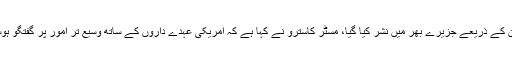
کیوبا کی قومی اسمبلی سے خطاب میں، جسے ٹیلی ویژن کے ذریعے جزیرے بھر میں نشر کیا گیا، مسٹر کاسترو نے کہا ہے کہ امریکی عہدے داروں کے ساتھ وسیع تر امور پر گفتگو ہوسکتی ہے، جس وفد کا ہوانا کا دورہ اگلے ماہ متوقع ہے۔